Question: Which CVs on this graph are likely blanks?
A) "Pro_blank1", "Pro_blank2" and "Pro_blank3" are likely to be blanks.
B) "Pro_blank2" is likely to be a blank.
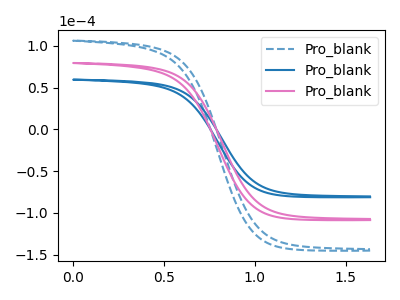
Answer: <think>The blue dashed curve "Pro_blank1" has no peaks. The blue curve "Pro_blank2" has no peaks. The pink curve "Pro_blank3" has no peaks.</think>
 <answer>A) "Pro_blank1", "Pro_blank2" and "Pro_blank3" are likely to be blanks.</answer>
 <eval>A</eval>